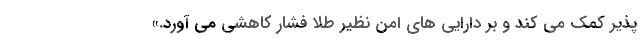
پذیر کمک می کند و بر دارایی های امن نظیر طلا فشار کاهشی می آورد.»